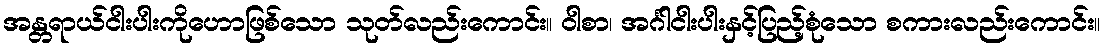
အန္တရာယ်ငါးပါးကိုဟောဖြစ်သော သုတ်လည်းကောင်း။ ဝါစာ၊ အင်္ဂါငါးပါးနှင့်ပြည့်စုံသော စကားလည်းကောင်း။